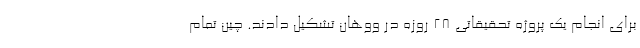
برای انجام یک پروژه تحقیقاتی ۲۸ روزه در ووهان تشکیل دادند. چین تمام